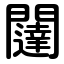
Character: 闥